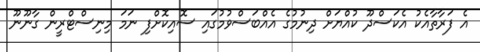
އެ ފަރާތާއެކު އެކަސްދޫ ކުއްޔަށް ދިނުމުގެ އެއްބަސްވުމުގައި ސޮއިކޮށްފި ނަމަ މިނިސްޓްރީން ގާނޫނޫ